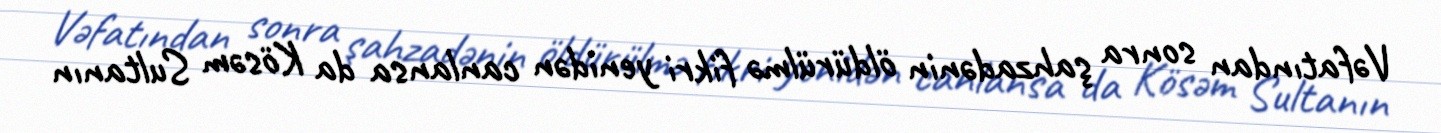
Vəfatından sonra şahzadənin öldürülmə fikri yenidən canlansa da Kösəm Sultanın